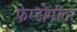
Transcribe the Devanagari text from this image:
फेम्टोमीटर